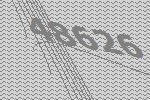
48626